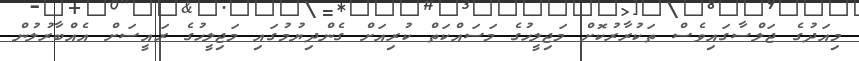
މިއަދުގެ ޖަލްސާގައިވެސް ތަކުރާރުކޮށް މަޖިލީހުގެ މަސައްކަތް ކުރިއަށް ގެންދިޔުމުގައި މަޖިލީހުގެ ރައީސަށް އެއްބާރުލުން